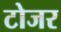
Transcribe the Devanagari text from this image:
टोजर